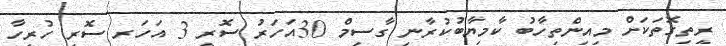
ރީތިގޮތަކަށް މިއިންތިހާބު ކާމިޔާބުކުރާނި ގާސިމް 30އަހަރު ސޮރީ 3 އަހަރ ސޮރީ ހުރިހާ